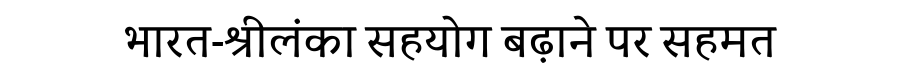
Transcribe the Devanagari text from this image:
भारत-श्रीलंका सहयोग बढ़ाने पर सहमत